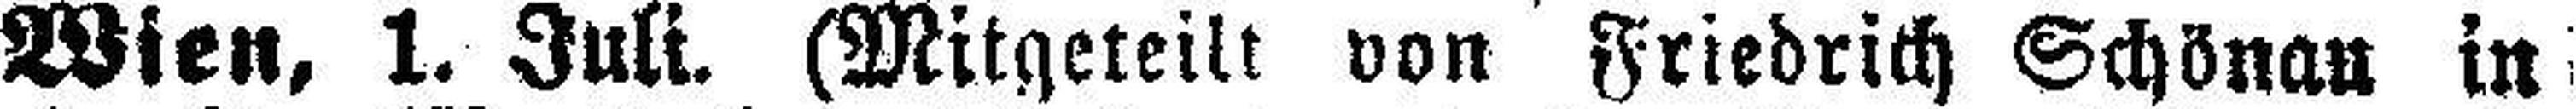
Wien, 1. Juli. (Mitgeteilt von Friedrich Schönau in